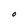
Character: O